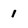
Character: 1